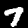
Label: 7